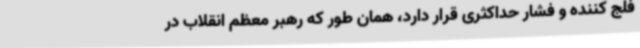
فلج کننده و فشار حداکثری قرار دارد، همان طور که رهبر معظم انقلاب در